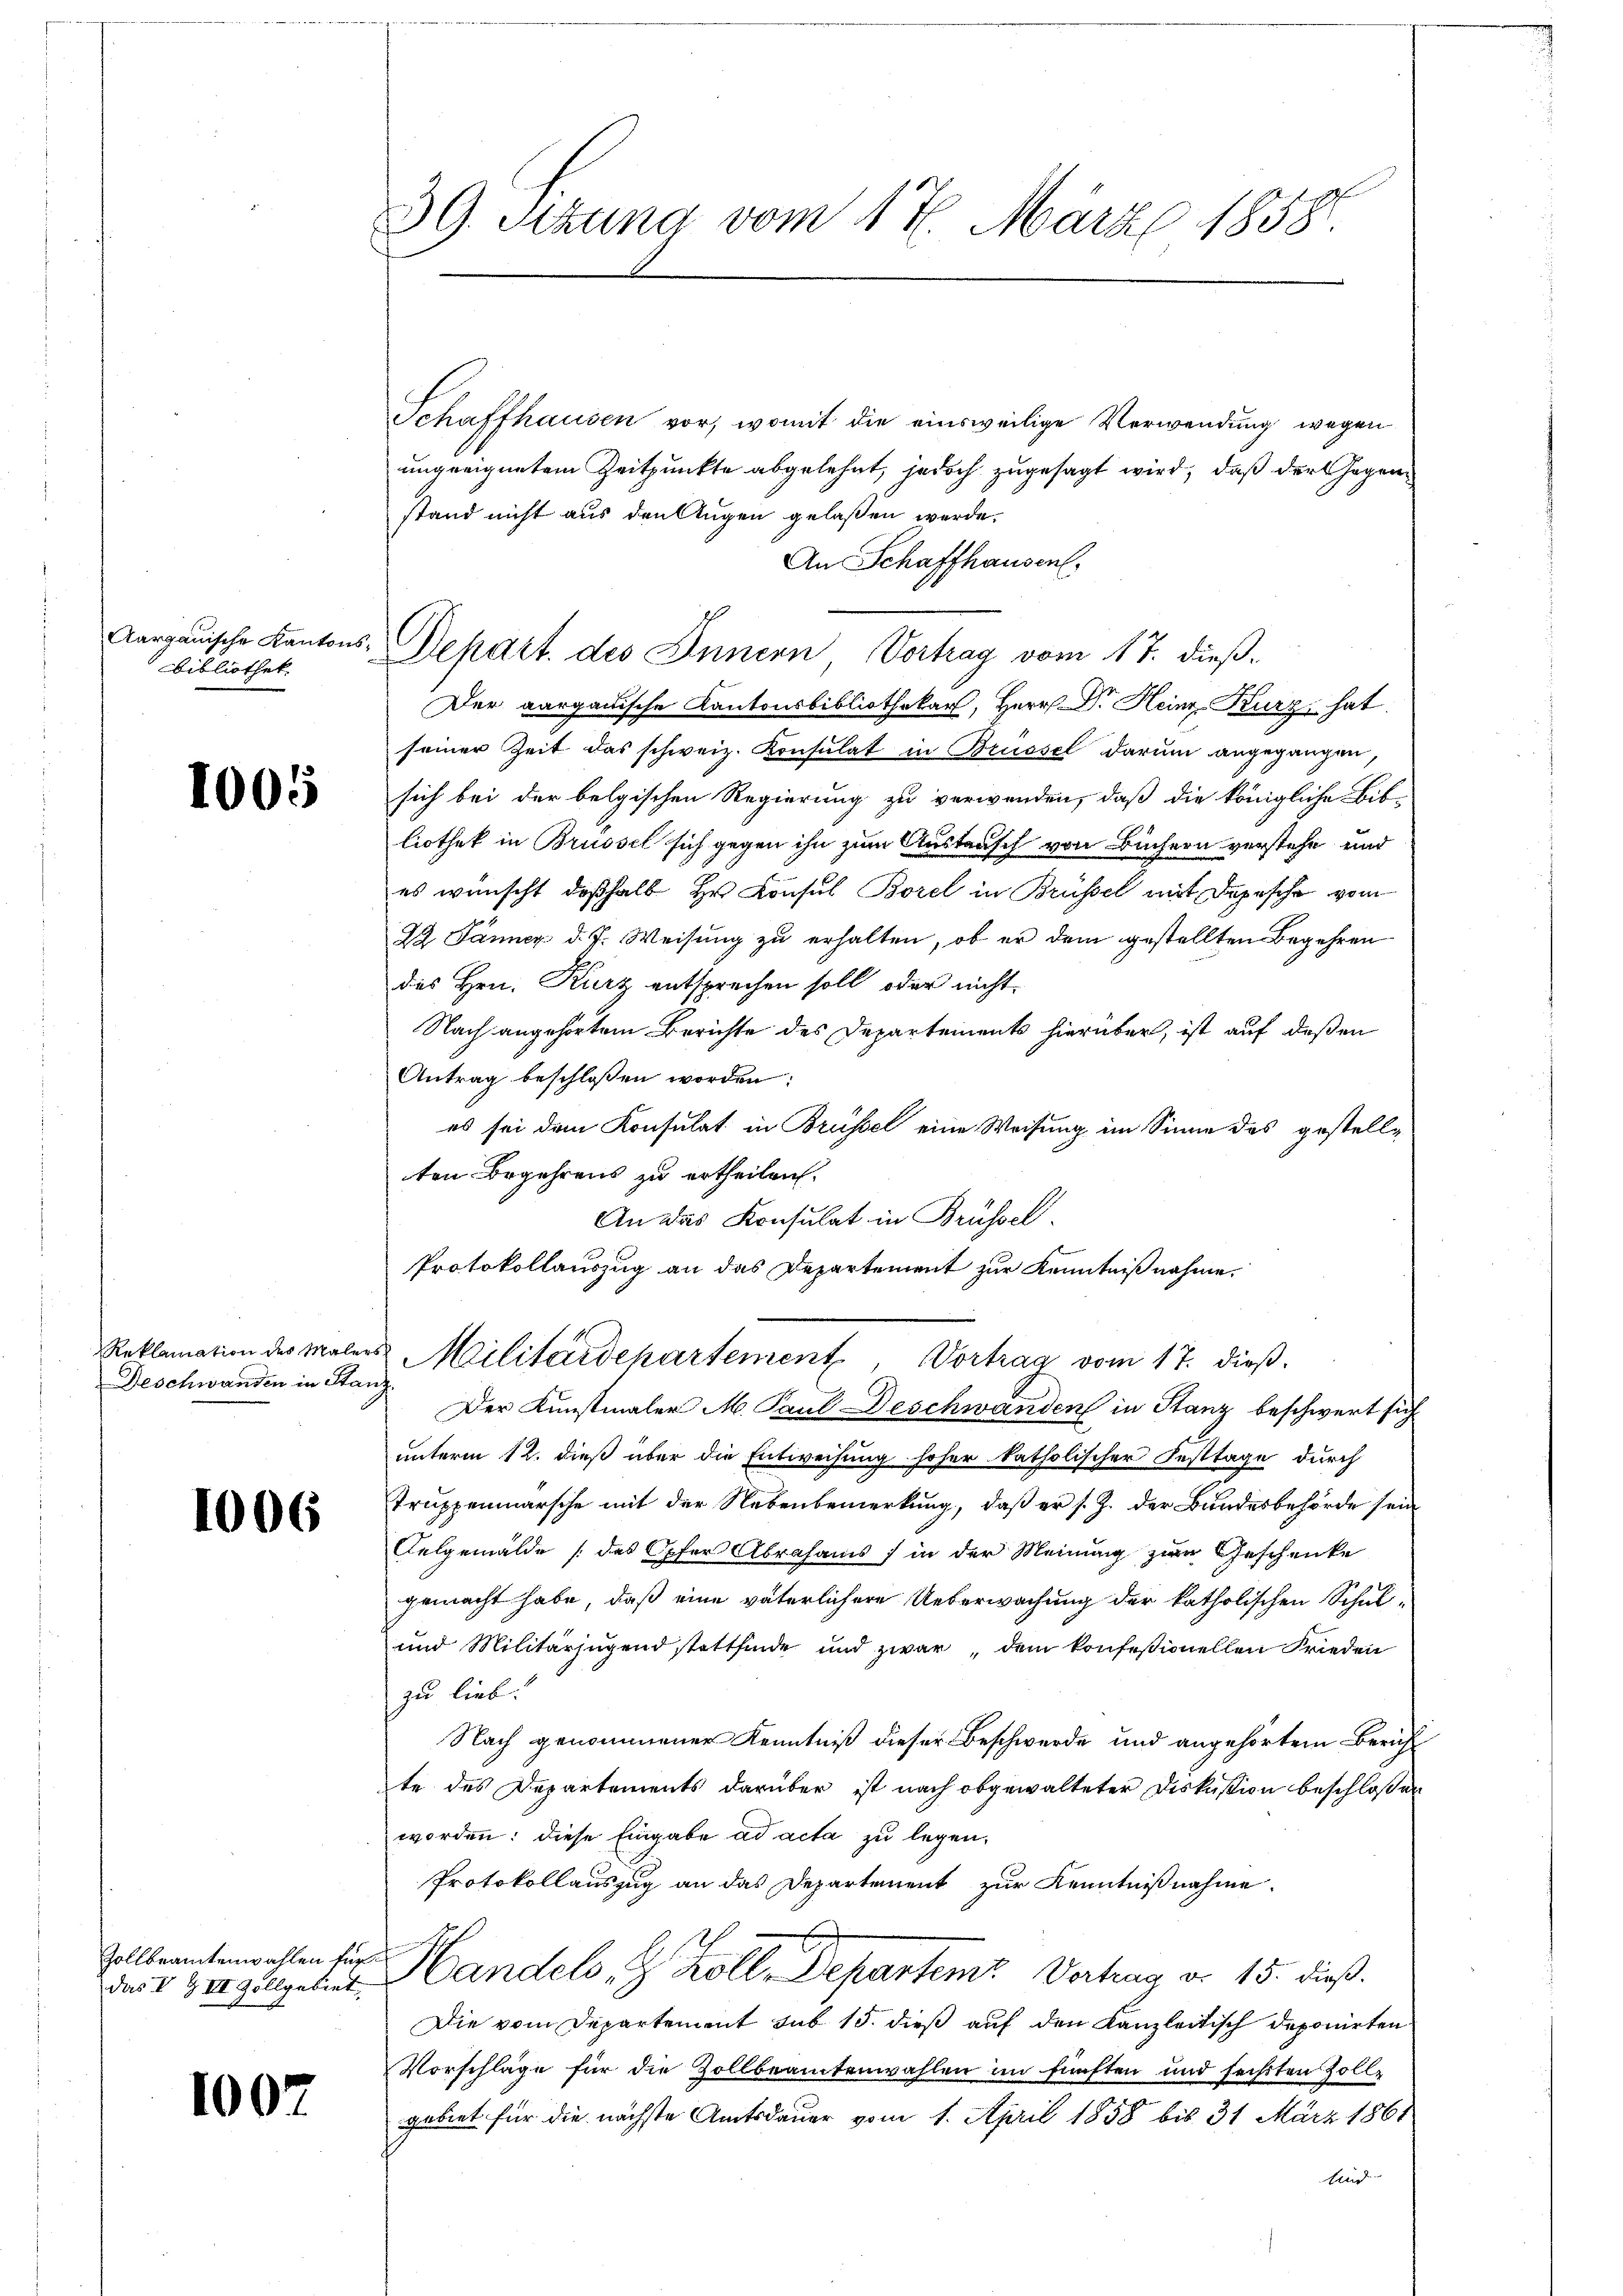
Aargauische Kanton
Bibliothek.

1005

Deschwanden in Stanz

1006

Zollbeamtenwahlen für
das V Z VI Zollgebiet

1002

Schaffhausen vor, womit die einsweilige Verwendung wegen
ungeeignetem Zeitpunkte abgelehnt, jedoch zugesagt wird, daß der Gegenstand nicht aus den Augen gelaßen werde.
An Schaffhausen.
v. Depart. des Innern Vortrag vom 17. dieß.
Der aargauische Kantonsbibliothekar, Herr Dr. Heinz Kurz hat
seiner Zeit das schweiz. Konsulat in Brüssel darum angegangen,
sich bei der belgischen Regierung zu verwenden, daß die königliche Bib-
liothek in Brüssel sich gegen ihn zum Austausch von Büchern verstehe und
es wünscht deßhalb Hr. Konsul Borel in Brüssel mit Depesche vom
22. Jänner d. J. Weisung zu erhalten, ob er dem gestellten Begehren
des Hrn. Kurz entsprechen soll, oder nicht
Nach angehörtem Berichte des Departements hierüber, ist auf deßen
Antrag beschlossen worden:
es sei dem Konsulat in Brüssel eine Weisung im Sinne des gestellten Begehrens zu ertheilen.
An das Konsulat in Brüssel.
Protokollauszug an das Departement zur Kenntnißnahme,

39. Setzung vom 17. März 1858.

Reklamation des Malers Militärdepartement, Vortrag vom 17. dieß.
Der Kunstmaler M. Paul Deschwanden in Stanz beschwert sich

unterm 12. dieß über die Entweisung hoher katholischer Festtage durch
Truppenmarsche mit der Nebenbemerkung, daß er s. Z. der Bundesbehörde sein
Kelgemälde (das Opfer Abrahams) in der Meinung zur Geschenke
gemacht habe, daß eine väterlichere Ueberwachung der katholischen Schul¬
und Militärjugend stattfinde und zwar, dem konfeßionellen Frieden
zu lieb!
Nach genommener Kenntniß dieser Beschwerde und angehörtem Bericht
te des Departements darüber ist nach abgewalteter Diskussion beschloßen
worden: diese Eingabe ad acta zu legen.
Protokollauszug an das Departement zur Kenntnißnahme.
Handels, z. Kolle Departen Vertrag d. 15. dieß.
Die vom Departement sub 15. dieß auf den Kanzleitisch deponirten
Vorschläge für die Zollbeamtenwahlen im fünften und fechsten Zollgebiet für die nächste Amtsdauer vom 1. April 1858 bis 31 März 1861
sind